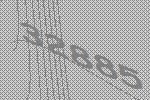
32885